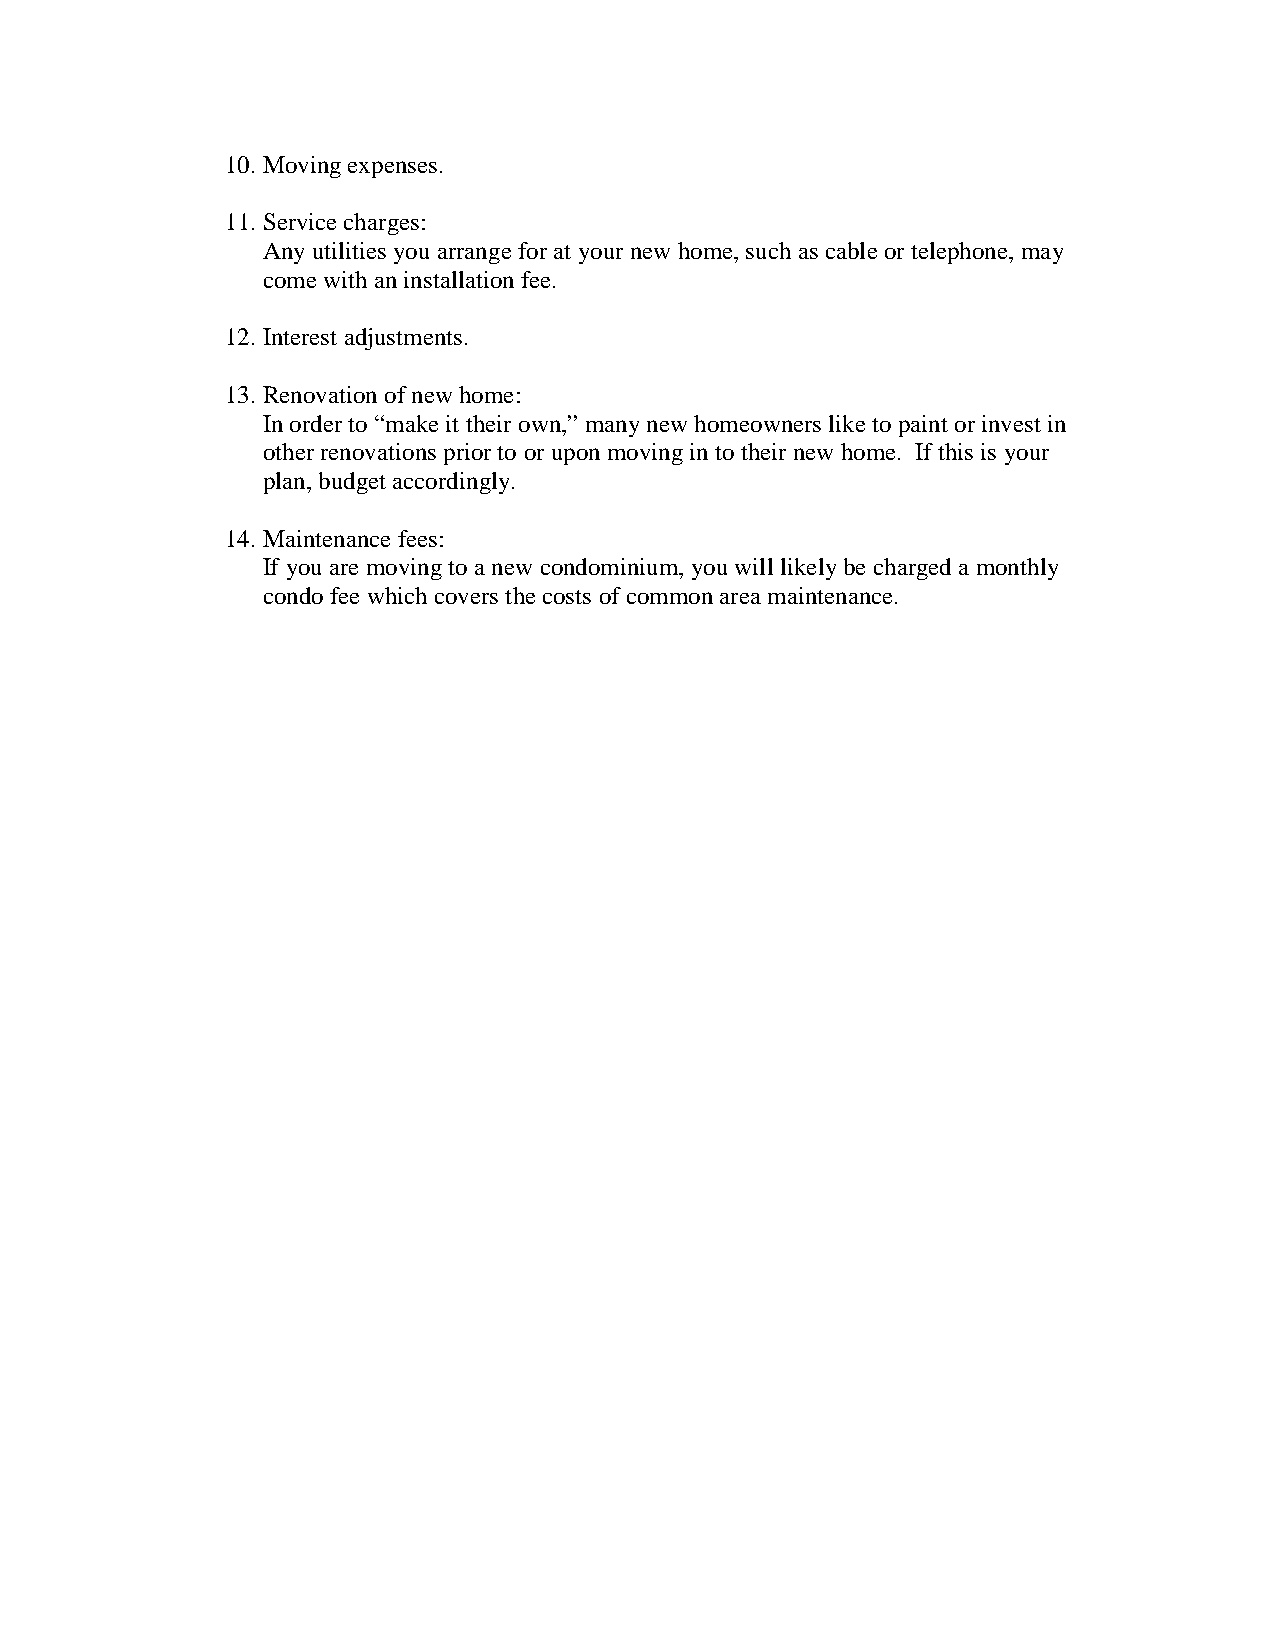
10. Moving expenses.
 11. Service charges:
 Any utilities you arrange for at your new home, such as cable or telephone, may
 come with an installation fee.
 12. Interest adjustments.
 13. Renovation of new home:
 In order to “make it their own,” many new homeowners like to paint or invest in
 other renovations prior to or upon moving in to their new home. If this is your
 plan, budget accordingly.
 14. Maintenance fees:
 If you are moving to a new condominium, you will likely be charged a monthly
 condo fee which covers the costs of common area maintenance.